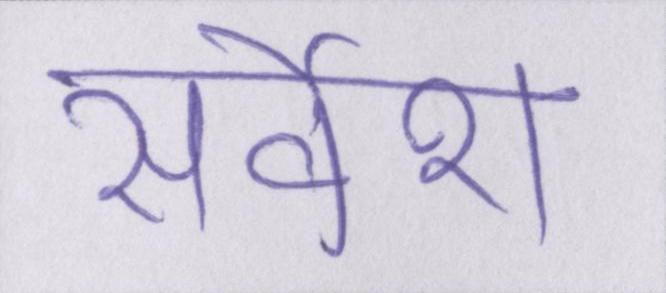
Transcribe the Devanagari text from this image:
सर्वेश